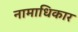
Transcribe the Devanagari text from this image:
नामाधिकार